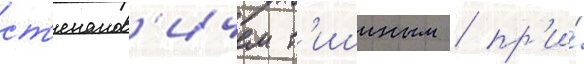
ст'епанов'ичем т'ишиным / пр'и́